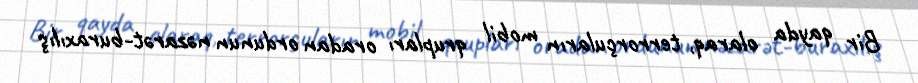
Bir qayda olaraq, terrorçuların mobil qrupları oradan ordunun nəzarət-buraxılış